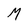
Character: M